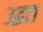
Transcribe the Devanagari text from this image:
उद्धटा